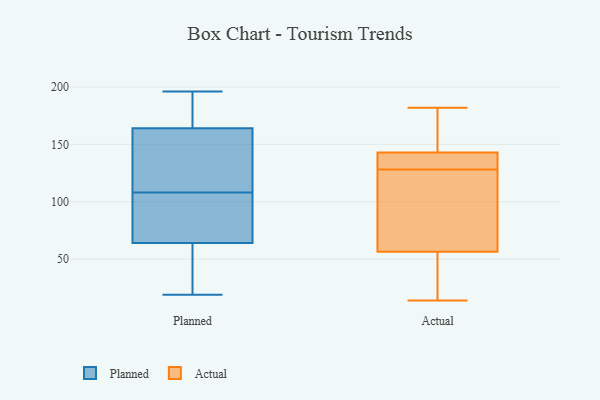
{"axis": {"x": "Inventory Turnover", "y": "Value"}, "legend": ["Actual", "Planned"], "data": [{"x": "", "y": 138, "type": "Planned"}, {"x": "", "y": 71, "type": "Planned"}, {"x": "", "y": 55, "type": "Planned"}, {"x": "", "y": 84, "type": "Planned"}, {"x": "", "y": 19, "type": "Planned"}, {"x": "", "y": 130, "type": "Planned"}, {"x": "", "y": 58, "type": "Planned"}, {"x": "", "y": 166, "type": "Planned"}, {"x": "", "y": 189, "type": "Planned"}, {"x": "", "y": 178, "type": "Planned"}, {"x": "", "y": 40, "type": "Planned"}, {"x": "", "y": 99, "type": "Planned"}, {"x": "", "y": 196, "type": "Planned"}, {"x": "", "y": 162, "type": "Planned"}, {"x": "", "y": 117, "type": "Planned"}, {"x": "", "y": 70, "type": "Planned"}, {"x": "", "y": 21, "type": "Actual"}, {"x": "", "y": 56, "type": "Actual"}, {"x": "", "y": 182, "type": "Actual"}, {"x": "", "y": 146, "type": "Actual"}, {"x": "", "y": 14, "type": "Actual"}, {"x": "", "y": 170, "type": "Actual"}, {"x": "", "y": 132, "type": "Actual"}, {"x": "", "y": 124, "type": "Actual"}, {"x": "", "y": 57, "type": "Actual"}, {"x": "", "y": 140, "type": "Actual"}, {"x": "", "y": 137, "type": "Actual"}, {"x": "", "y": 70, "type": "Actual"}]}